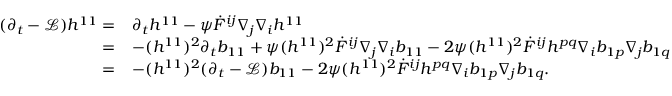
\begin{array} { r l } { ( \partial _ { t } - \mathcal { L } ) h ^ { 1 1 } = } & { \partial _ { t } h ^ { 1 1 } - \psi \dot { F } ^ { i j } \nabla _ { j } \nabla _ { i } h ^ { 1 1 } } \\ { = } & { - ( h ^ { 1 1 } ) ^ { 2 } \partial _ { t } b _ { 1 1 } + \psi ( h ^ { 1 1 } ) ^ { 2 } \dot { F } ^ { i j } \nabla _ { j } \nabla _ { i } b _ { 1 1 } - 2 \psi ( h ^ { 1 1 } ) ^ { 2 } \dot { F } ^ { i j } h ^ { p q } \nabla _ { i } b _ { 1 p } \nabla _ { j } b _ { 1 q } } \\ { = } & { - ( h ^ { 1 1 } ) ^ { 2 } ( \partial _ { t } - \mathcal { L } ) b _ { 1 1 } - 2 \psi ( h ^ { 1 1 } ) ^ { 2 } \dot { F } ^ { i j } h ^ { p q } \nabla _ { i } b _ { 1 p } \nabla _ { j } b _ { 1 q } . } \end{array}